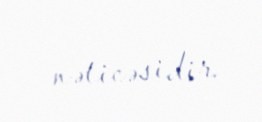
nəticəsidir.